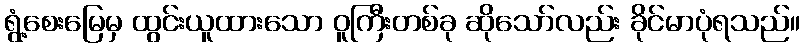
ရွံ့စေးမြေမှ ထွင်းယူထားသော ဝူကြီးတစ်ခု ဆိုသော်လည်း ခိုင်မာပုံရသည်။